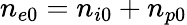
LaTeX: n_{e0}=n_{i0}+n_{p0}